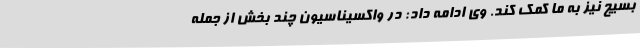
بسیج نیز به ما کمک کند. وی ادامه داد: در واکسیناسیون چند بخش از جمله